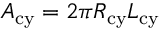
A _ { \mathrm { c y } } = 2 \pi R _ { \mathrm { c y } } L _ { \mathrm { c y } }